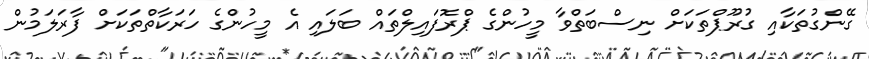
ގޭންގުތަކާއި ގުރޫޕްތަކަށް ނިސްބަތްވާ މީހުންގެ ޕްރޮފައިލްތައް ބަލައި އެ މީހުންގެ ހަރަކާތްތަކަށް ފާރަލަމުން